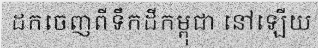
ដកចេញពីទឹកដីកម្ពុជា នៅឡើយ